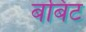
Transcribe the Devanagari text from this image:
बबिट